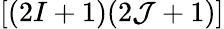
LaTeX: \left[(2I+1)(2\mathcal{J}+1)\right]